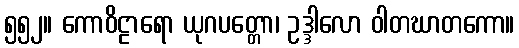
၅၅၂။ ကောဝိဠာရော ယုဂပတ္တော၊ ဥဒ္ဒါလော ဝါတဃာတကော။